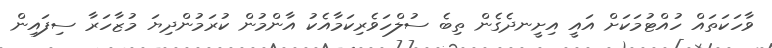
ވާހަކަތައް ހުއްޓުމަކަށް އައީ އިށީނދެގެން ތިބެ ސުލްހަވެރިކަމާއެކު އާންމުން ކުރަމުންދިޔަ މުޒާހަރާ ސިފައިން